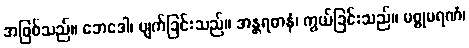
အဖြစ်သည်။ ဘေဒေါ၊ ပျက်ခြင်းသည်။ အန္တရဓာနံ၊ ကွယ်ခြင်းသည်။ မစ္စုမရဏံ၊